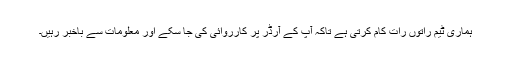
ہماری ٹیم راتوں رات کام کرتی ہے تاکہ آپ کے آرڈر پر کارروائی کی جا سکے اور معلومات سے باخبر رہیں۔